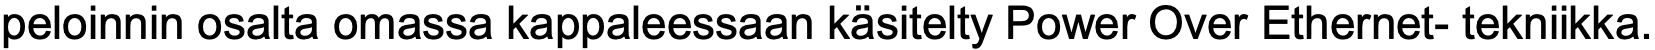
peloinnin osalta omassa kappaleessaan käsitelty Power Over Ethernet- tekniikka.